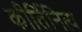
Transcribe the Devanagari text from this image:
कीर्तिनित्य